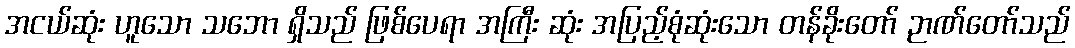
အငယ်ဆုံး ဟူသော သဘော ရှိသည် ဖြစ်ပေရာ အကြီး ဆုံး အပြည့်စုံဆုံးသော တန်ခိုးတော် ဉာဏ်တော်သည်